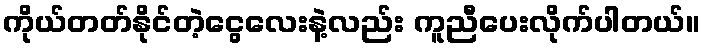
ကိုယ်တတ်နိုင်တဲ့ငွေလေးနဲ့လည်း ကူညီပေးလိုက်ပါတယ်။